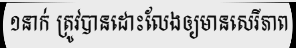
១នាក់ ត្រូវបានដោះលែងឲ្យមានសេរីភាព